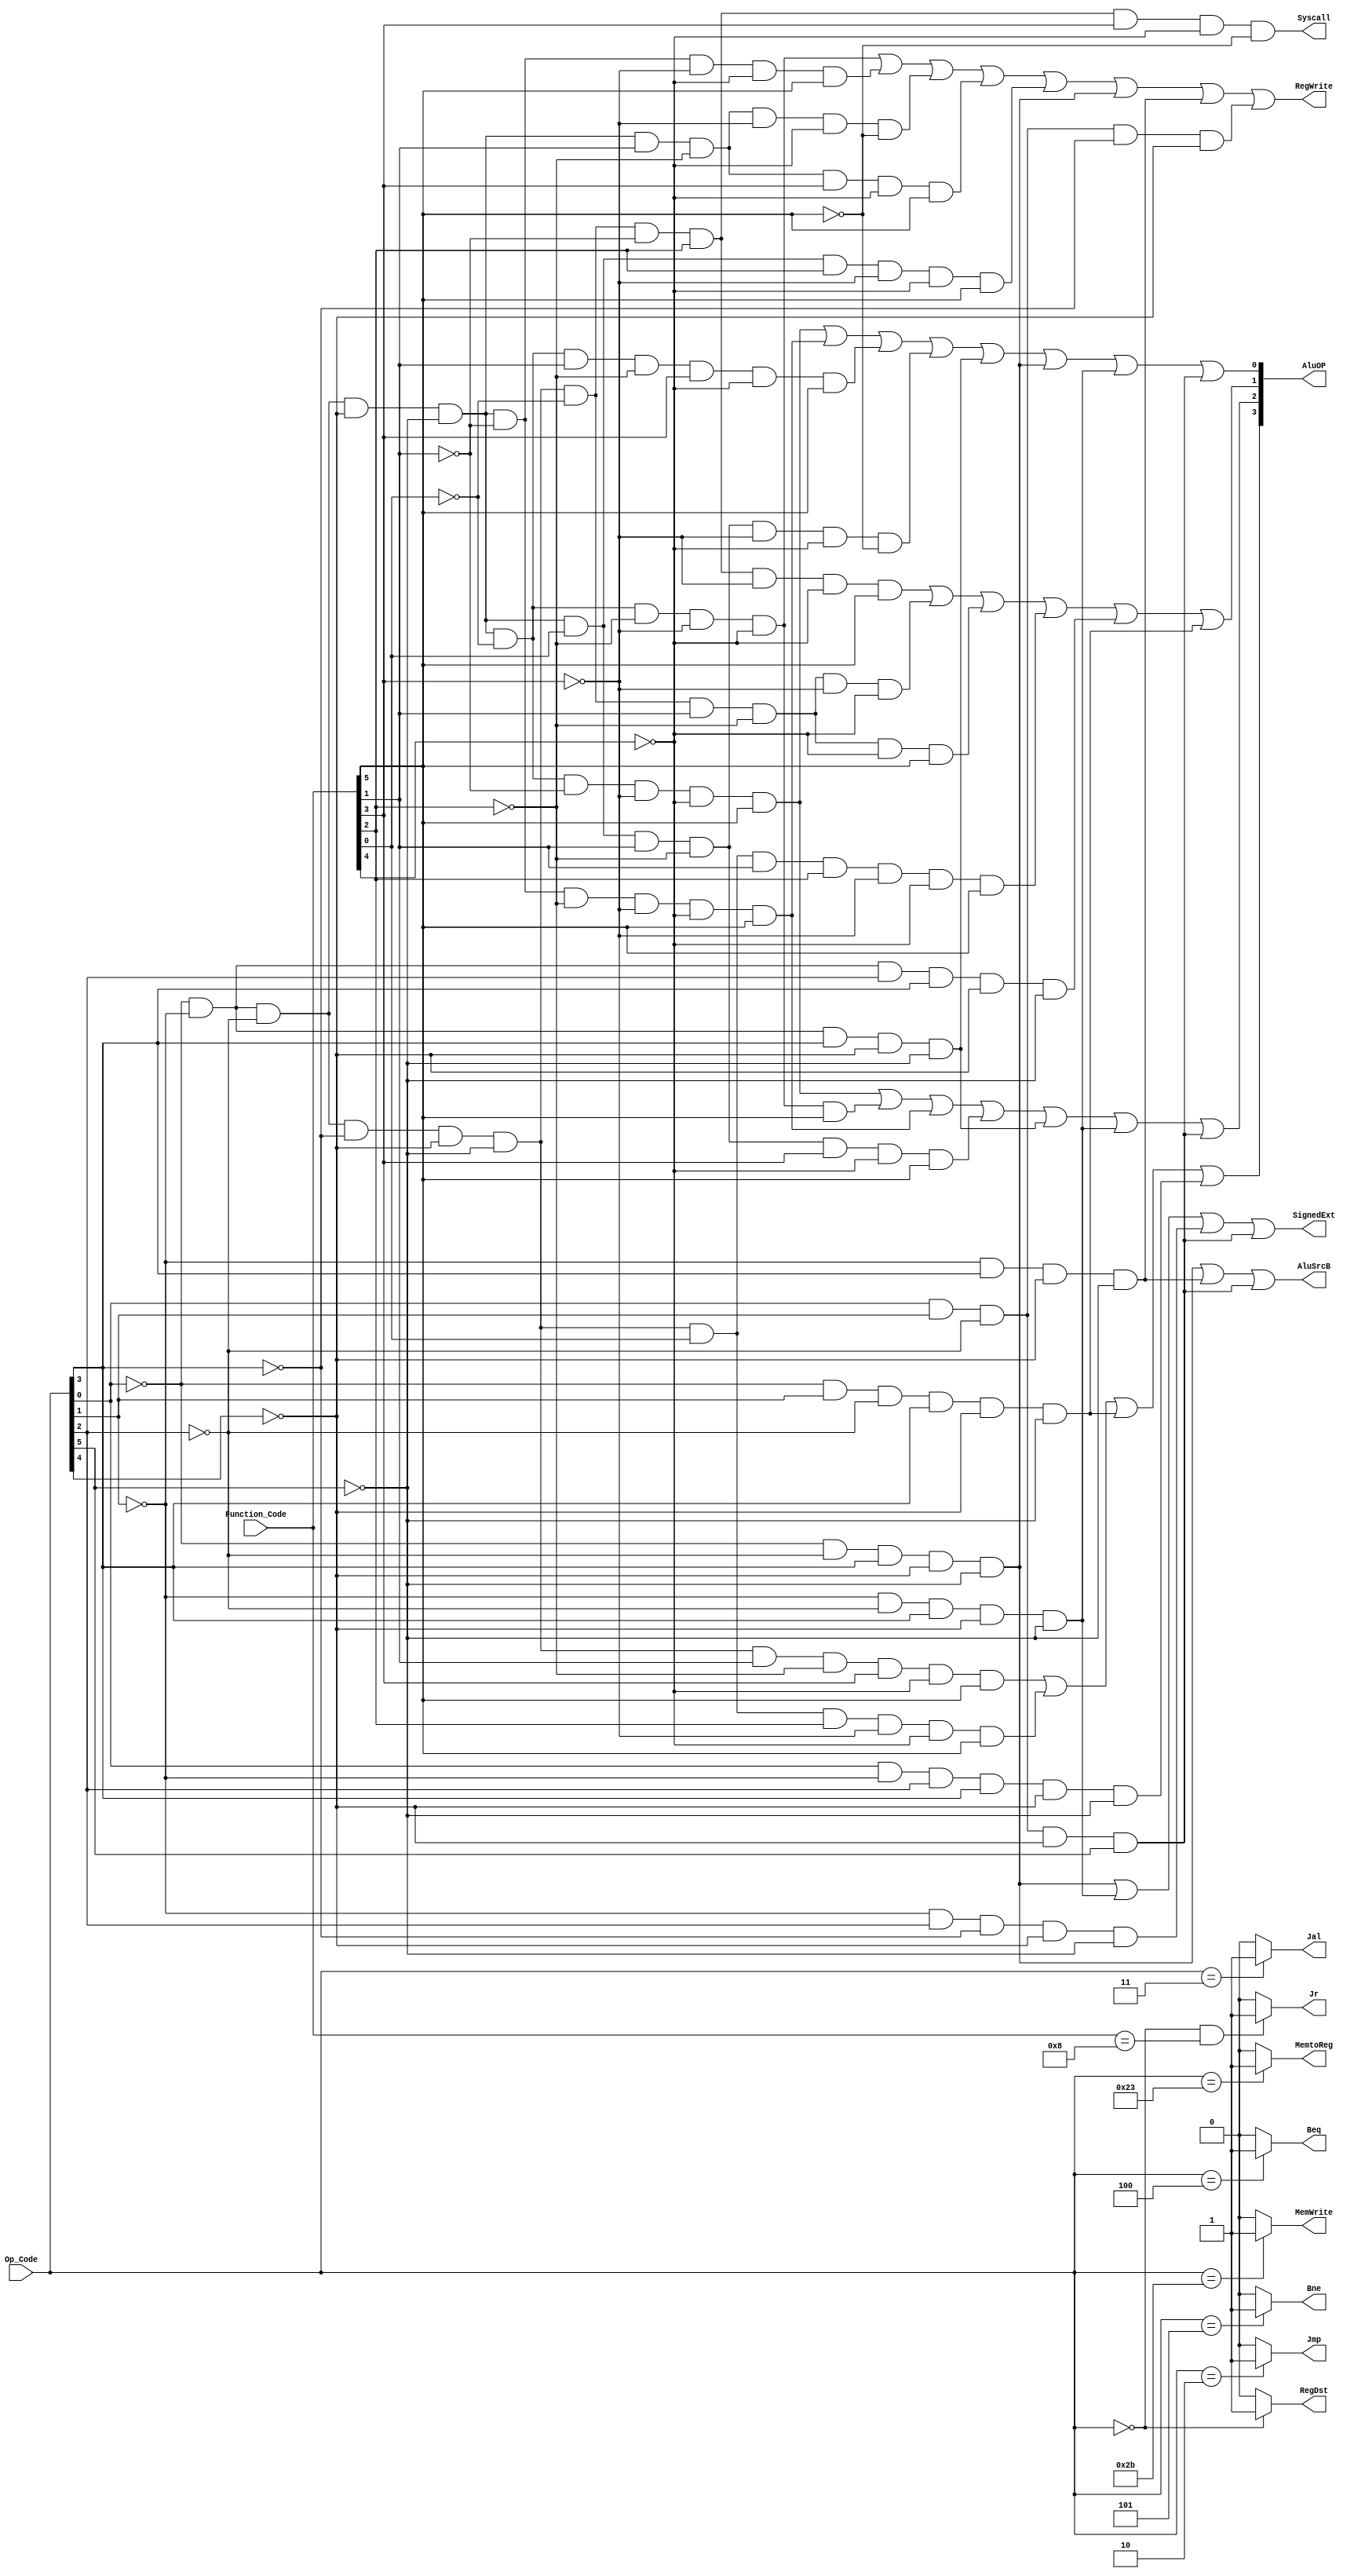
`timescale 1ns / 1ps
//////////////////////////////////////////////////////////////////////////////////
// Company: 
// Engineer: 
// 
// Design Name: 
// Module Name: control
// Project Name: 
// Target Devices: 
// Tool Versions: 
// Description: 
// 
// Dependencies: 
// 
// Revision:
// Revision 0.01 - File Created
// Additional Comments:
// 
//////////////////////////////////////////////////////////////////////////////////


module control(
        input [5:0]Op_Code,
        input [5:0]Function_Code,
        output Beq,
        output Bne,
        output MemtoReg,
        output MemWrite,
        output [3:0]AluOP,
        output AluSrcB,
        output RegWrite,
        output Jal,
        output RegDst,
        output Syscall,
        output Jmp,
        output Jr,
        output SignedExt
    );
    wire OP1,OP2,OP3,OP0,OP4,OP5;
    wire F0,F1,F2,F3,F4,F5;
    wire S0,S1,S2,S3;
    assign OP0=Op_Code[0];
    assign OP1=Op_Code[1];
    assign OP2=Op_Code[2];
    assign OP3=Op_Code[3];
    assign OP4=Op_Code[4];
    assign OP5=Op_Code[5];
    assign F0=Function_Code[0];
    assign F1=Function_Code[1];
    assign F2=Function_Code[2];
    assign F3=Function_Code[3];
    assign F4=Function_Code[4];
    assign F5=Function_Code[5];
    assign S0=~OP0 & ~OP1& ~OP2& ~OP4& ~OP5& ~F0& ~F1& ~F3& ~F4& F5 | 
               ~OP0& ~OP1& ~OP2& ~OP4& ~OP5& ~F1& ~F2& ~F3& ~F4& F5 |
               ~OP0& ~OP1& ~OP2& ~OP4& ~OP5& ~F0& F1& ~F2& F3& ~F4& F5 |
               ~OP0& ~OP1& ~OP2& ~OP4& ~OP5& F0& F1& ~F2& ~F3& ~F4& ~F5 |
               ~OP0& ~OP1& OP3& ~OP4& ~OP5 | ~OP0& ~OP2& OP3& ~OP4& ~OP5|
               ~OP1& ~OP2& OP3& ~OP4& ~OP5 | OP0& OP1& ~OP2& ~OP4& OP5;
    assign S1=~OP0& ~OP1& ~OP2& ~OP3& ~OP4& ~OP5& ~F0& ~F1& F2& ~F3& ~F4& F5 |
              ~OP0& ~OP1& ~OP2& ~OP3& ~OP4& ~OP5& ~F0& F1& ~F2& ~F3& ~F4 |
              ~OP0& ~OP1& ~OP2& ~OP3& ~OP4& ~OP5& ~F0& F1& ~F2& ~F4& F5 |
              ~OP0& ~OP1& ~OP2& ~OP3& ~OP4& ~OP5& F0& F1& F2& ~F3& ~F4& F5 | 
              ~OP0& ~OP1& OP2& OP3& ~OP4& ~OP5 | ~OP0& OP1& ~OP2& OP3& ~OP4& ~OP5;
    assign S2=~OP0& ~OP1& ~OP2& ~OP4& ~OP5& ~F0& ~F1& ~F3& ~F4& F5 |
            ~OP0& ~OP1& ~OP2& ~OP4& ~OP5& ~F0& ~F2& ~F3& ~F4& F5 |
            ~OP0& ~OP1& ~OP2& ~OP4& ~OP5& ~F1& ~F2& ~F3& ~F4& F5 |
            ~OP0& ~OP1& ~OP2& ~OP4& ~OP5& F0& F1& ~F2& F3& ~F4& F5 |
            ~OP0& ~OP1& OP3& ~OP4& ~OP5 | ~OP1& ~OP2& OP3& ~OP4& ~OP5 | OP0& OP1& ~OP2& ~OP4& OP5;
    assign S3=~OP0& ~OP1& ~OP2& ~OP3& ~OP4& ~OP5& F1& ~F2& F3& ~F4& F5 |
            ~OP0& ~OP1& ~OP2& ~OP3& ~OP4& ~OP5& F0& F2& ~F3& ~F4& F5 |
            ~OP0& OP1& ~OP2& OP3& ~OP4& ~OP5 | OP0& ~OP1& OP2& OP3& ~OP4& ~OP5;
    assign AluOP={S3,S2,S1,S0};
    assign Beq = (Op_Code==6'b000100)? 1'b1:1'b0;
    assign Bne = (Op_Code==6'b000101)? 1'b1:1'b0;
    assign Syscall = ~OP0& ~OP1& ~OP2& ~OP3& ~OP4& ~OP5& ~F0& ~F1& F2& F3& ~F4& ~F5;
    assign MemWrite = (Op_Code==6'b101011)? 1'b1:1'b0;
    assign MemtoReg = (Op_Code==6'b100011)? 1'b1:1'b0;
    assign Jal = (Op_Code==6'b000011)? 1'b1:1'b0;
    assign Jmp = (Op_Code==6'b000010)? 1'b1:1'b0;
    assign Jr = (Op_Code==6'd0 && Function_Code==6'b001000)? 1'b1:1'b0;
    assign RegDst = (Op_Code==6'b000000)? 1'b1:1'b0;
    assign AluSrcB = ~OP0& ~OP2& OP3& ~OP4& ~OP5 | ~OP1& OP3& ~OP4& ~OP5 | OP0& OP1& ~OP2& ~OP4& OP5;
    assign RegWrite = ~OP0& ~OP1& ~OP2& ~OP4& ~OP5& ~F0& ~F2& ~F3& ~F4 |
                    ~OP0& ~OP1& ~OP2& ~OP4& ~OP5& ~F1& ~F3& ~F4& F5 | 
                    ~OP0& ~OP1& ~OP2& ~OP4& ~OP5& F1& ~F2& ~F3& ~F4& ~F5 | 
                    ~OP0& ~OP1& ~OP2& ~OP4& ~OP5& F1& ~F2& F3& ~F4& F5 | 
                    ~OP0& ~OP1& ~OP2& ~OP4& ~OP5& F0& F2& ~F3& ~F4& F5 | 
                    ~OP0& ~OP2& OP3& ~OP4& ~OP5 | ~OP1& OP3& ~OP4& ~OP5 | OP0& OP1& ~OP2& ~OP3& ~OP4;
    assign SignedExt = ~OP0& ~OP2& OP3& ~OP4& ~OP5 | ~OP1& ~OP2& OP3& ~OP4& ~OP5 | ~OP1& OP2& ~OP3& ~OP4& ~OP5 | OP0& OP1& ~OP2& ~OP4& OP5;
endmodule